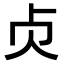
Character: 𠧖